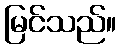
မြင်သည်။